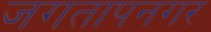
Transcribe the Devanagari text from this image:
जगतापनगर